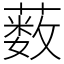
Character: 薮